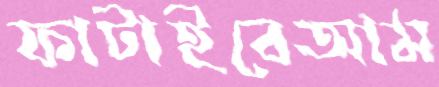
ফাটাইবেআম